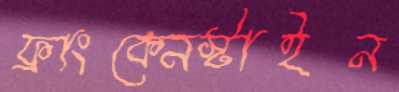
ফ্রাংকেনস্টাইন